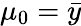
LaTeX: \mu_{0}=\bar{y}